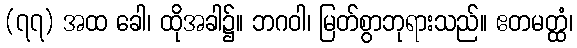
(၇၇) အထ ခေါ၊ ထိုအခါ၌။ ဘဂဝါ၊ မြတ်စွာဘုရားသည်။ ဧတမတ္ထံ၊